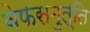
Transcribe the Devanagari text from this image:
वेफसमुत्ति